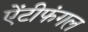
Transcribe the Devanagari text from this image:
ऐंटीफंगल